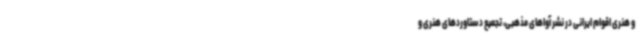
و هنری اقوام ایرانی در نشر آواهای مذهبی، تجمیع دستاوردهای هنری و